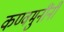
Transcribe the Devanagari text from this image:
कण्वमुनींनी